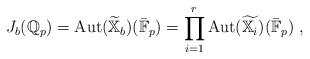
LaTeX: \begin{align*}J_b(\mathbb Q_p) = \mathrm{Aut}(\widetilde{\mathbb X}_b)(\bar{\mathbb F}_p) = \prod_{i=1}^r \mathrm{Aut}(\widetilde{\mathbb X_i})(\bar{\mathbb F}_p)\ ,\end{align*}